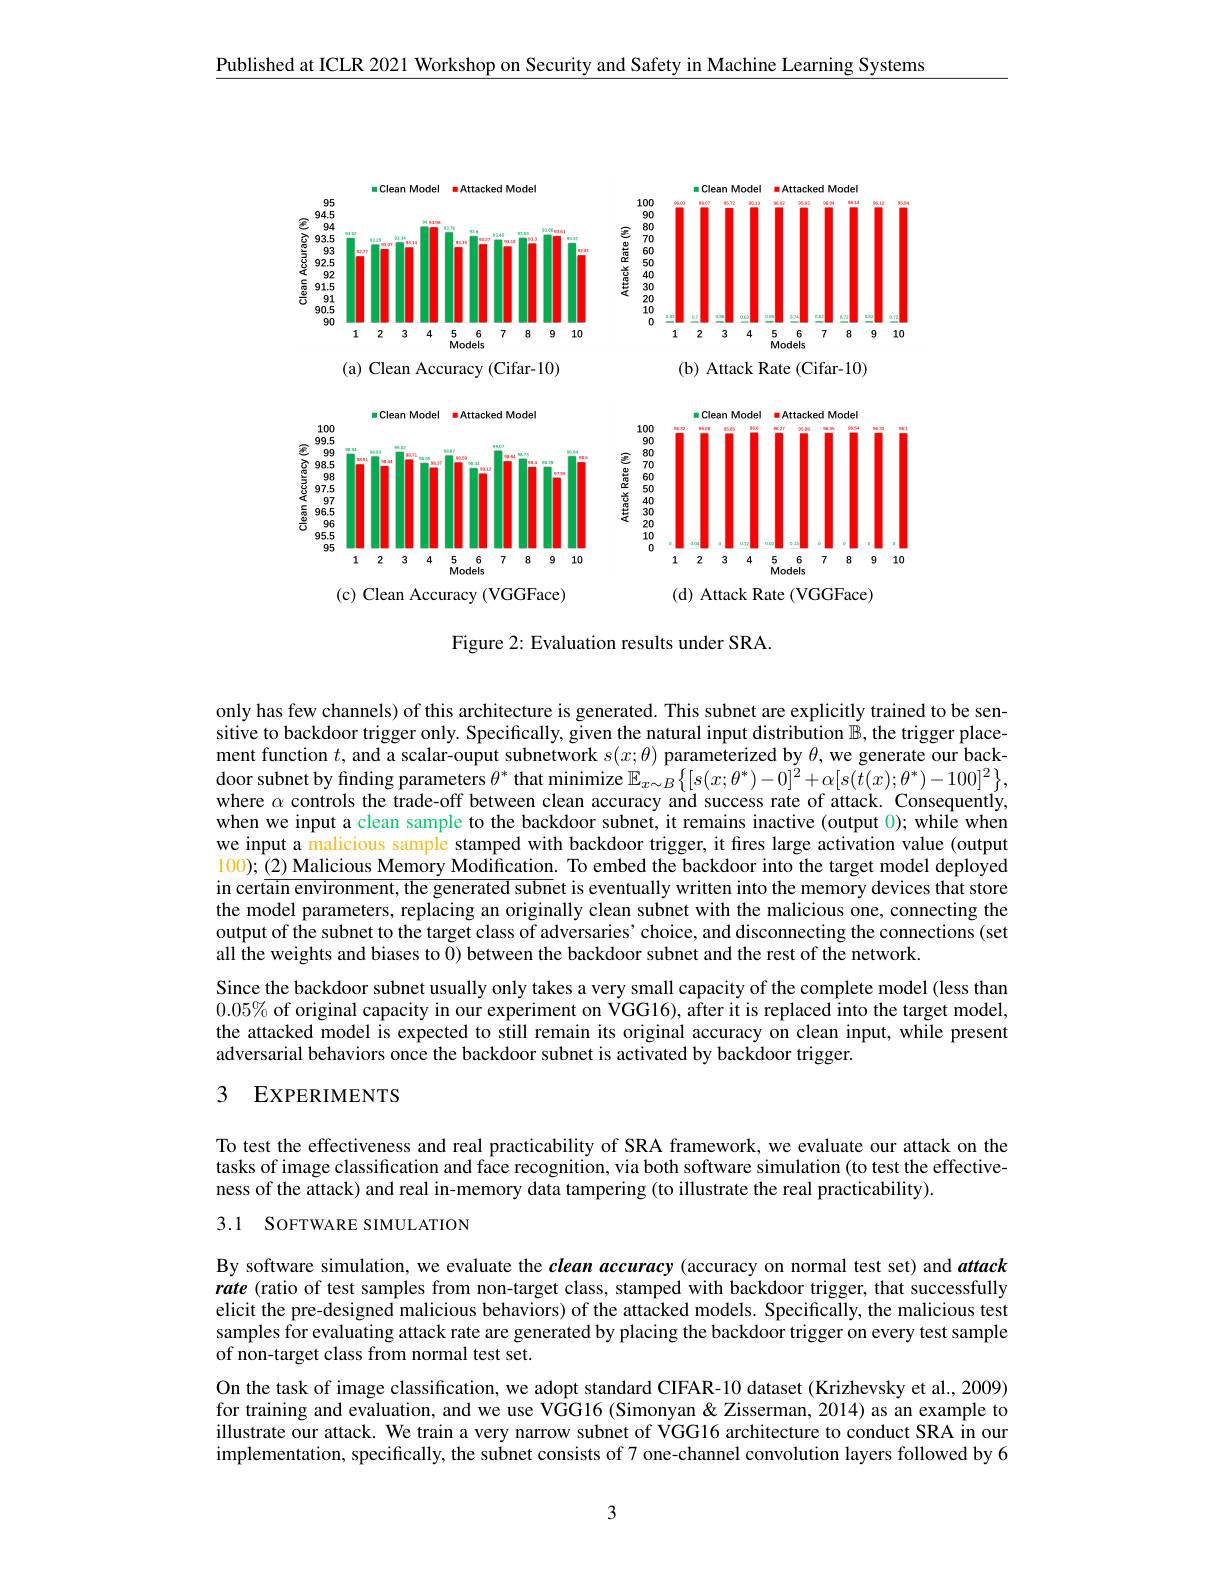
Published at ICLR 2021 Workshop on Security and Safety in Machine Learning Systems

<FigureHere>

Figure 2: Evaluation results under SRA.

only has few channels) of this architecture is generated. This subnet are explicitly trained to be sensitive to backdoor trigger only. Specifically, given the natural input distribution $\mathbb{B}$, the trigger placement function $t$, and a scalar-ouput subnetwork $s(x;\theta)$ parameterized by $\theta$, we generate our backdoor subnet by finding parameters $\theta^*$ that minimize $\mathbb{E}_{x\sim B}\left\{[s(x;\theta^*)-0]^2+\alpha[s(t(x);\theta^*)-100]^2\right\}$, where $\alpha$ controls the trade-off between clean accuracy and success rate of attack. Consequentlý, when we input a clean sample to the backdoor subnet, it remains inactive (output 0); while when we input a malicious sample stamped with backdoor trigger, it fires large activation value (output $100);\textcircled (2)$ Malicious Memory Modification. To embed the backdoor into the target model deployed in cert$\overline\text{ain environment, the generated subnet is eventually written into the memory devices that store}$ the model parameters, replacing an originally clean subnet with the malicious one, connecting the output of the subnet to the target class of adversaries' choice, and disconnecting the connections (set all the weights and biases to 0) between the backdoor subnet and the rest of the network.
Since the backdoor subnet usually only takes a very small capacity of the complete model (less than $0.05\%$ of original capacity in our experiment on VGG16), after it is replaced into the target model, the attacked model is expected to still remain its original accuracy on clean input, while present adversarial behaviors once the backdoor subnet is activated by backdoor trigger.

## 3 EXPERIMENTS

To test the effectiveness and real practicability of SRA framework, we evaluate our attack on the tasks of image classification and face recognition, via both software simulation (to test the effectiveness of the attack) and real in-memory data tampering (to illustrate the real practicability).

3.1 SOFTWARE SIMULATION

By software simulation, we evaluate the clean accuracy (accuracy on normal test set) and attack rate (ratio of test samples from non-target class, stamped with backdoor trigger, that successfully elicit the pre-designed malicious behaviors) of the attacked models. Specifically, the malicious test samples for evaluating attack rate are generated by placing the backdoor trigger on every test sample of non-target class from normal test set.
On the task of image classification, we adopt standard CIFAR-10 dataset (Krizhevsky et al., 2009) for training and evaluation, and we use VGG16 (Simonyan & Zisserman, 2014) as an example to illustrate our attack. We train a very narrow subnet of VGG16 architecture to conduct SRA in our implementation, specifically, the subnet consists of 7 one-channel convolution layers followed by 6

3